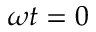
\omega t = 0